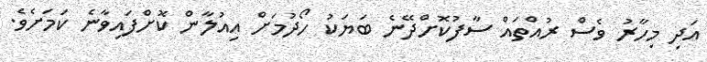
އަދި މިހާރު ވެސް ރުއްތައް ސާފުކޮށްދޭނެ ބަޔަކު ހޯދުމަށް އިއުލާން ކޮށްފައިވާނެ ކަމަށެވެ.